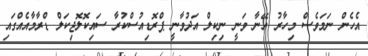
އެހެން ނަމަވެސް މިހާރު އޭނާ ވަނީ ނިކިލް އަދުވާނީ ޕްރޮޑިއުސްކުރާ ސައިކޮލޮޖިކަލް ޑްރާމާއެއްގައި